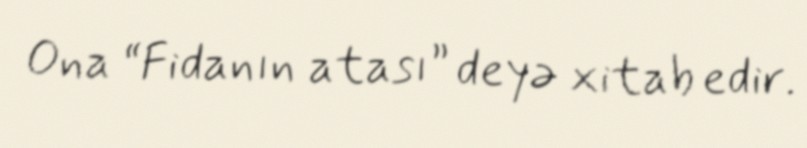
Ona “Fidanın atası” deyə xitab edir.